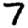
Digit: 7